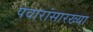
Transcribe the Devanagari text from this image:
पवारांसारख्या